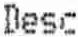
DESC